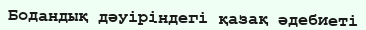
Бодандық дәуіріндегі қазақ әдебиеті